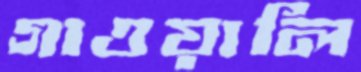
গাওয়ালি